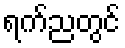
ရက်ညတွင်